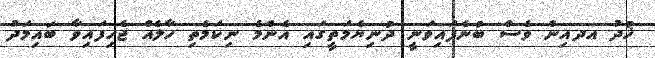
ޚުދު އދއިން ވެސް ބުނެފައިވަނީ ދުނިޔެމަތީގައި އެންމެ ނިކަމެތި ހާލެއް ޖެހިފައިވާ ބައިމަދު